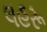
લહરૂ